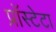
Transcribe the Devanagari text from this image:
प्रॉस्टेटा